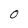
Character: O